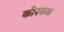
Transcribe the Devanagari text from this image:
कोस्कक